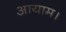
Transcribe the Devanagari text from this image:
आयाम।